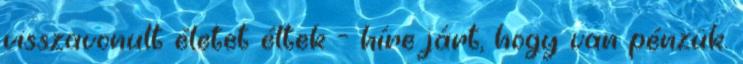
visszavonult életet éltek - híre járt, hogy van pénzük.